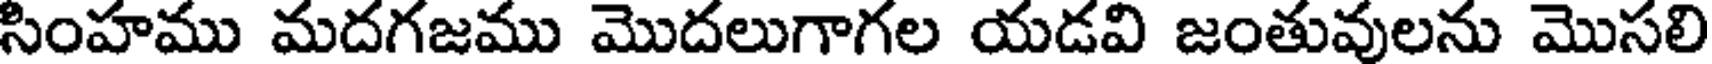
సింహము మదగజము మొదలుగాగల యడవి జంతువులను మొసలి